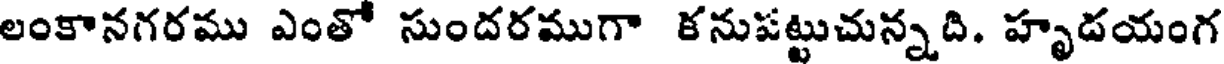
లంకానగరము ఎంతో సుందరముగా కనుపట్టుచున్నది. హృదయంగ